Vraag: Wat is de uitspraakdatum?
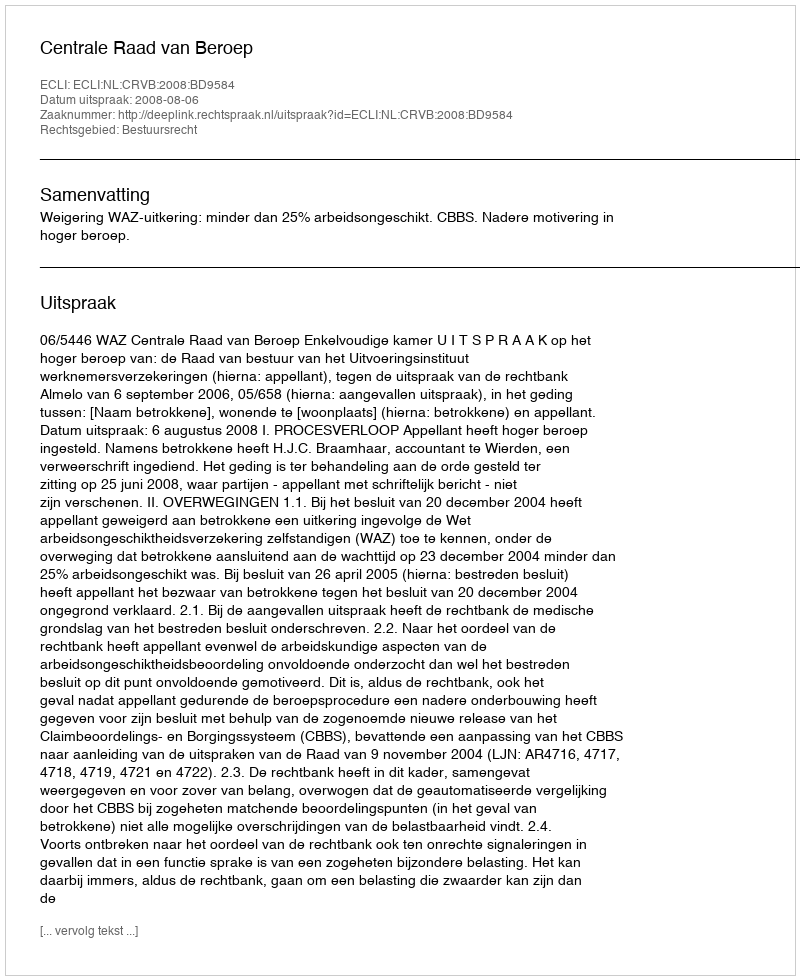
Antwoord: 2008-08-06